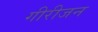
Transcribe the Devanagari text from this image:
गीरीजन